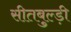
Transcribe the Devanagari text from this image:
सीतबुल्ड़ी